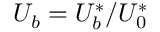
U _ { b } = U _ { b } ^ { * } / U _ { 0 } ^ { * }